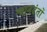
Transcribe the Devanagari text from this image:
श्वानदंतों